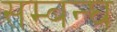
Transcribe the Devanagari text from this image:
सम्बन्घ